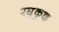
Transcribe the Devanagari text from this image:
रघुकुळ